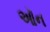
ઑન